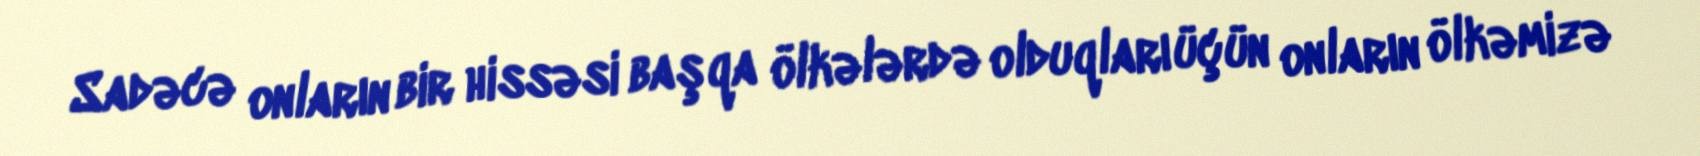
Sadəcə onların bir hissəsi başqa ölkələrdə olduqları üçün onların ölkəmizə